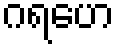
ဂရဟေ